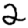
Digit: 2